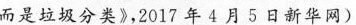
而是垃圾分类》，2017午4月5日新华网)